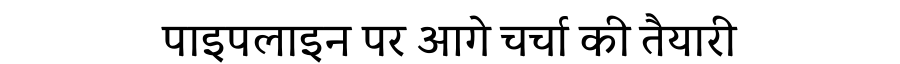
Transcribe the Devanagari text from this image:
पाइपलाइन पर आगे चर्चा की तैयारी